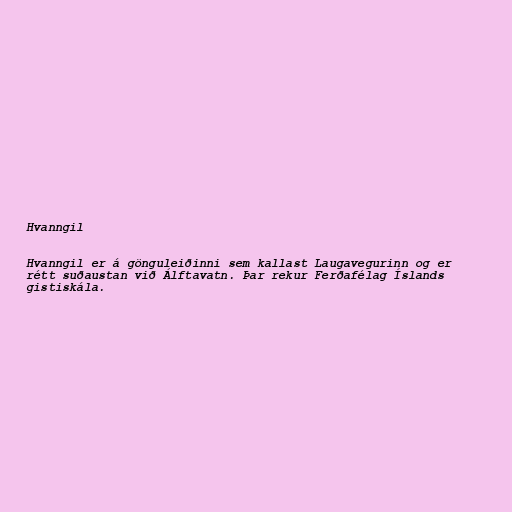
Hvanngil

Hvanngil er á gönguleiðinni sem kallast Laugavegurinn og er
rétt suðaustan við Álftavatn. Þar rekur Ferðafélag Íslands
gistiskála.